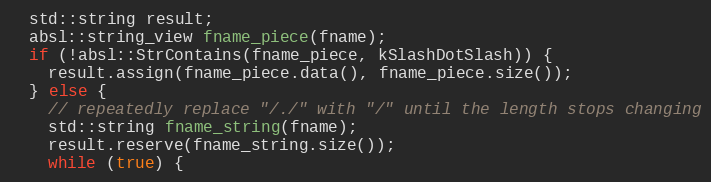
Language: C++
  std::string result;
  absl::string_view fname_piece(fname);
  if (!absl::StrContains(fname_piece, kSlashDotSlash)) {
    result.assign(fname_piece.data(), fname_piece.size());
  } else {
    // repeatedly replace "/./" with "/" until the length stops changing
    std::string fname_string(fname);
    result.reserve(fname_string.size());
    while (true) {